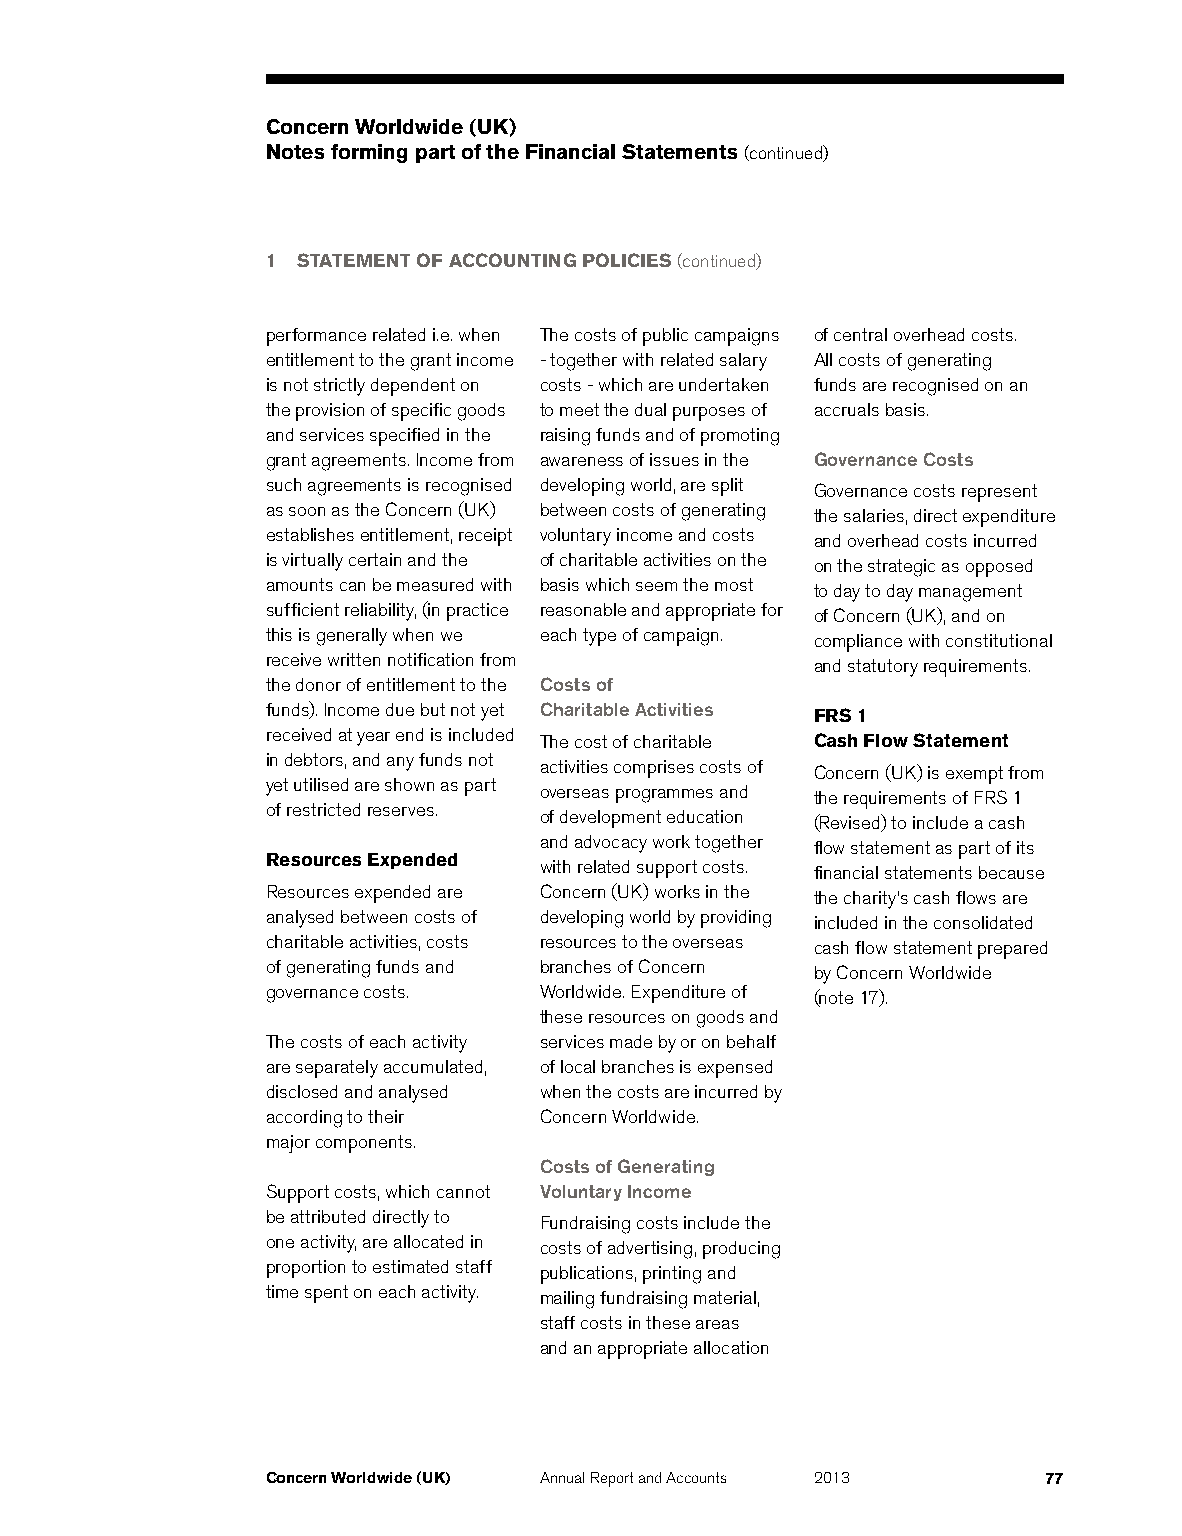
Concern Worldwide (UK)
 Notes forming part of the Financial Statements (continued)
 1 STATEMENT OF ACCOUNTING POLICIES (continued)
 performance related i.e. when The costs of public campaigns of central overhead costs.
 entitlement to the grant income - together with related salary All costs of generating
 is not strictly dependent on costs - which are undertaken funds are recognised on an
 the provision of specific goods to meet the dual purposes of accruals basis.
 and services specified in the raising funds and of promoting
 grant agreements. Income from awareness of issues in the Governance Costs
 such agreements is recognised developing world, are split Governance costs represent
 as soon as the Concern (UK) between costs of generating the salaries, direct expenditure
 establishes entitlement, receipt voluntary income and costs and overhead costs incurred
 is virtually certain and the of charitable activities on the on the strategic as opposed
 amounts can be measured with basis which seem the most to day to day management
 sufficient reliability, (in practice reasonable and appropriate for of Concern (UK), and on
 this is generally when we each type of campaign. compliance with constitutional
 receive written notification from   and statutory requirements.
 the donor of entitlement to the Costs of
 funds). Income due but not yet Charitable Activities FRS 1
 received at year end is included The cost of charitable Cash Flow Statement
 in debtors, and any funds not activities comprises costs of Concern (UK) is exempt from
 yet utilised are shown as part overseas programmes and the requirements of FRS 1
 of restricted reserves. of development education (Revised) to include a cash
 and advocacy work together flow statement as part of its
 Resources Expended with related support costs. financial statements because
 Resources expended are Concern (UK) works in the the charity’s cash flows are
 analysed between costs of developing world by providing included in the consolidated
 charitable activities, costs resources to the overseas cash flow statement prepared
 of generating funds and branches of Concern by Concern Worldwide
 governance costs. Worldwide. Expenditure of (note 17).
 these resources on goods and
 The costs of each activity services made by or on behalf
 are separately accumulated, of local branches is expensed
 disclosed and analysed when the costs are incurred by
 according to their Concern Worldwide.
 major components.
 Costs of Generating
 Support costs, which cannot Voluntary Income
 be attributed directly to Fundraising costs include the
 one activity, are allocated in costs of advertising, producing
 proportion to estimated staff publications, printing and
 time spent on each activity. mailing fundraising material,
 staff costs in these areas
 and an appropriate allocation
 Concern Worldwide (UK) Annual Report and Accounts 2013 77